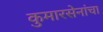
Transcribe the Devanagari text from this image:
कुमारसेनांचा